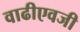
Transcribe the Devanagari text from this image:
वाढीएवजी